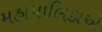
મહાપાલિકાએ